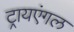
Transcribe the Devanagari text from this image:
ट्रायएंगल